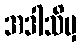
အဒါသိမှ